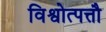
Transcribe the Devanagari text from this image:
विश्वोत्पत्तौ